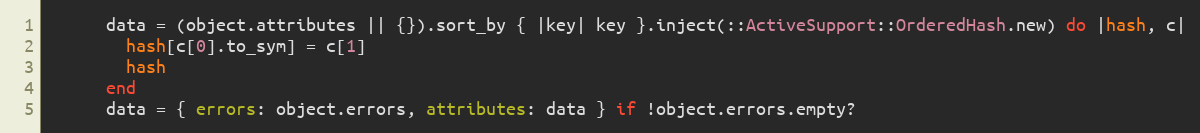
Language: Ruby
      data = (object.attributes || {}).sort_by { |key| key }.inject(::ActiveSupport::OrderedHash.new) do |hash, c|
        hash[c[0].to_sym] = c[1]
        hash
      end
      data = { errors: object.errors, attributes: data } if !object.errors.empty?